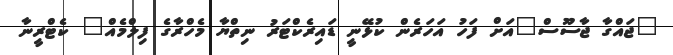
"ޖައްގާ ޖާސޫސް"އަށް ފަހު އަހަރެން ކުޅޭނީ ޑައިރެކްޓަރު ނިތްޔާ މެހްރާގެ ފިލްމެއް" ކެޓްރީނާ